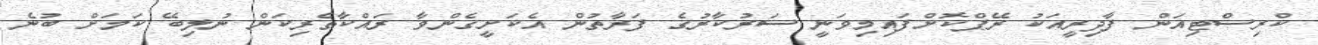
ކްރިސްޓިއަން ފާދިރީއަކު ރޭޕްކޮށްފައިމިވަނީ ސަރުކާރުގެ ފަރާތުން އެކަށީގެންވާ ރައްކާތެރިކަން ނުލިބޭ ކަމަށް ބުނެ